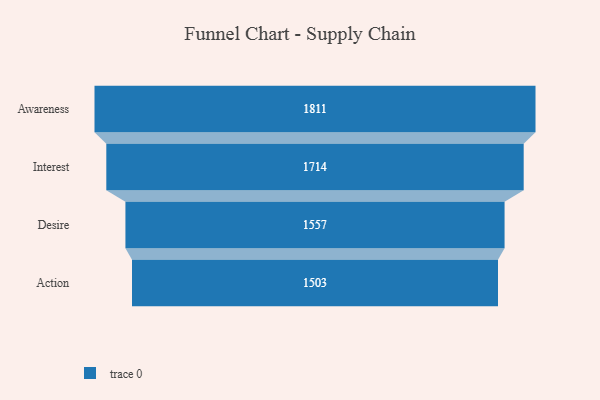
{"axis": {"x": "Stage", "y": "Value"}, "legend": [""], "data": [{"x": "Awareness", "y": 1811.0, "type": ""}, {"x": "Interest", "y": 1714.0, "type": ""}, {"x": "Desire", "y": 1557.0, "type": ""}, {"x": "Action", "y": 1503.0, "type": ""}]}